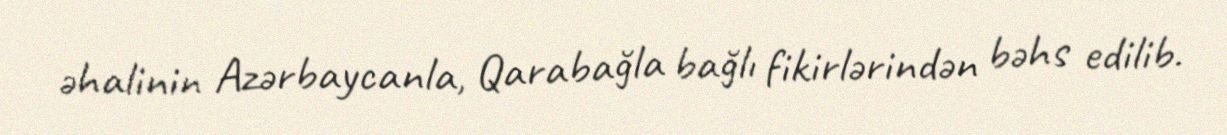
əhalinin Azərbaycanla, Qarabağla bağlı fikirlərindən bəhs edilib.